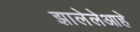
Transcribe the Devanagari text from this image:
झालेलेआहे